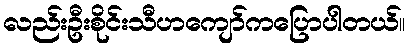
လည်းဦးစိုင်းသီဟကျော်ကပြောပါတယ်။